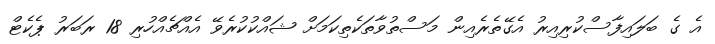
އެ ގެ ބަލައިފާސްކުރިއިރު އެގޭތެރެއިން މަސްތުވާތަކެތިކަމަށް ޝައްކުކުރެވޭ އެއްޗެއްހުރި 18 ރަބަރު ޕެކެޓް